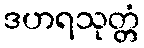
ဒဟရသုတ္တံ